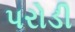
પરોડી